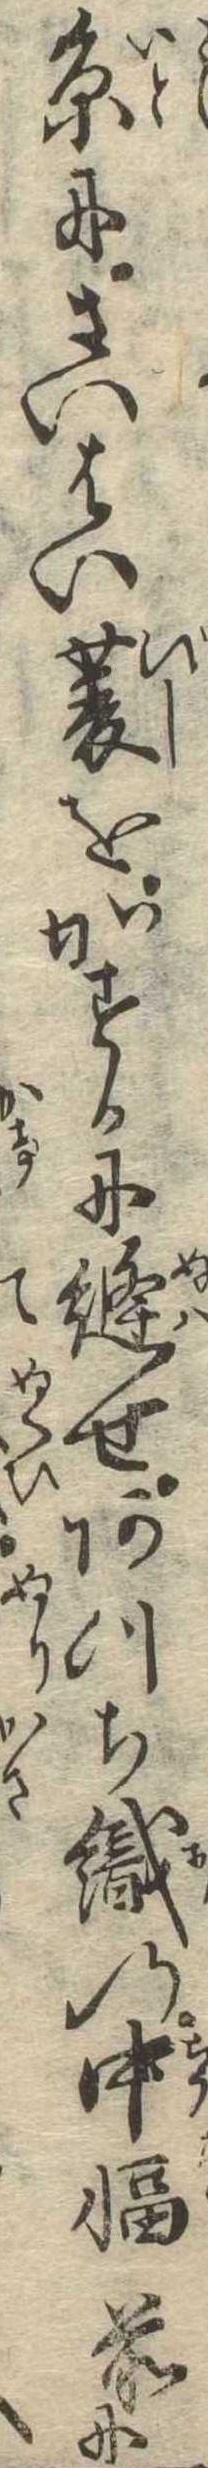
糸にさいはい菱をかすかに縫せあつち織の中幅前に